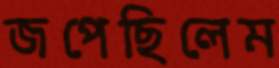
জপেছিলেম